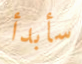
سأبدأ